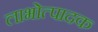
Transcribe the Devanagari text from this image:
लाभोत्पादक